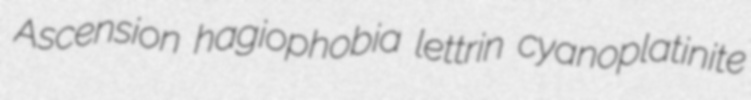
Ascension hagiophobia lettrin cyanoplatinite